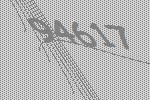
94617